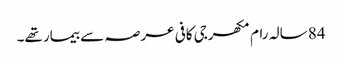
84 سالہ رام مکھرجی کافی عرصہ سے بیمار تھے۔